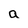
Character: a